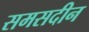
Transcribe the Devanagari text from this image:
समसदीन